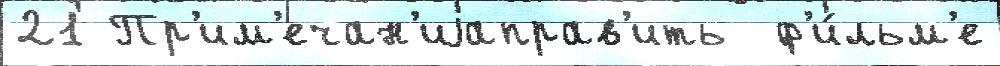
21 Пр'им'ечан'иjаправ'ить  ф'и́льм'е